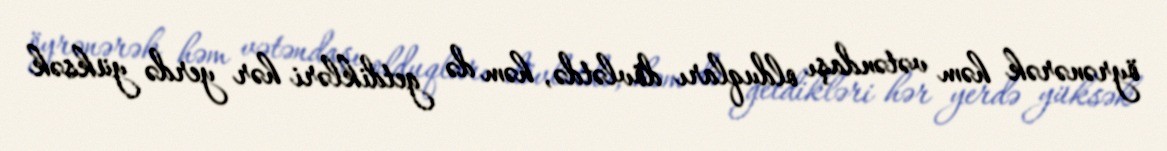
öyrənərək həm vətəndaşı olduqları dövlətdə, həm də getdikləri hər yerdə yüksək